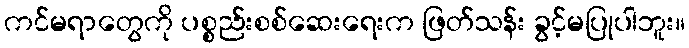
ကင်မရာတွေကို ပစ္စည်းစစ်ဆေးရေးက ဖြတ်သန်း ခွင့်မပြုပါဘူး။